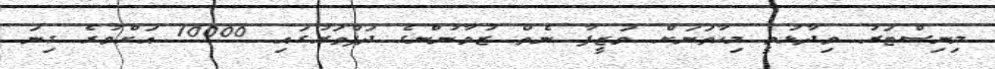
މިނިސްޓަރު ވިދާޅުވީ މިހާތަނަށް ވަޒީފާ ނެތް ޒުވާނުންގެ ދަފްތަރުގައި 10000 އަށްވުރެ ގިނަ